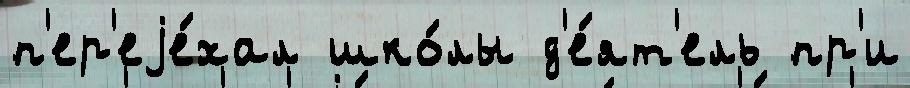
п'ер'еjе́хал шко́лы д'е́ят'ель пр'и